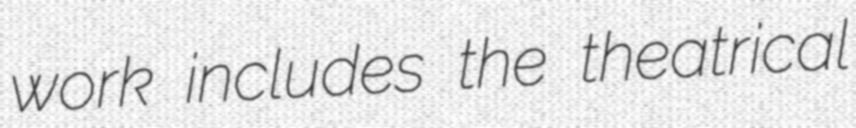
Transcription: work includes the theatrical